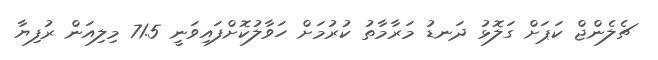
ޗެލެންޖް ކަޕަށް ގަލޮޅު ދަނޑު މަރާމާތު ކުރުމަށް ހަވާލުކޮށްފައިވަނީ 71.5 މިލިއަން ރުފިޔާ